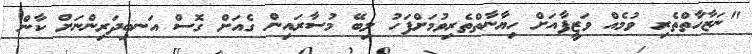
"ނަޒާހާތްތެރި ވުމެއް ވަޒީފާއަށް ހިޔާނާތްތެރިވުމަށްފަހު ލިބޭ މުސާރައިން ގެއަށް ގޮސް އަނބިދަރިންނަށް ކާން